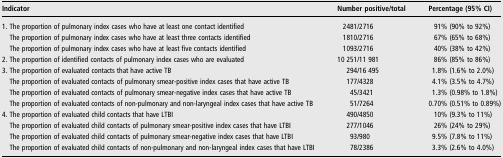
<table><thead><tr><td><b>Indicator</b></td><td><b>Number positive/total</b></td><td><b>Percentage (95% CI)</b></td></tr></thead><tbody><tr><td>1. The proportion of pulmonary index cases who have at least one contact identified</td><td>2481/2716</td><td>91% (90% to 92%)</td></tr><tr><td> The proportion of pulmonary index cases who have at least three contacts identified</td><td>1810/2716</td><td>67% (65% to 68%)</td></tr><tr><td> The proportion of pulmonary index cases who have at least five contacts identified</td><td>1093/2716</td><td>40% (38% to 42%)</td></tr><tr><td>2. The proportion of identified contacts of pulmonary index cases who are evaluated</td><td>10 251/11 981</td><td>86% (85% to 86%)</td></tr><tr><td>3. The proportion of evaluated contacts that have active TB</td><td>294/16 495</td><td>1.8% (1.6% to 2.0%)</td></tr><tr><td> The proportion of evaluated contacts of pulmonary smear-positive index cases that have active TB</td><td>177/4328</td><td>4.1% (3.5% to 4.7%)</td></tr><tr><td> The proportion of evaluated contacts of pulmonary smear-negative index cases that have active TB</td><td>45/3421</td><td>1.3% (0.98% to 1.8%)</td></tr><tr><td> The proportion of evaluated contacts of non-pulmonary and non-laryngeal index cases that have active TB</td><td>51/7264</td><td>0.70% (0.51% to 0.89%)</td></tr><tr><td>4. The proportion of evaluated child contacts that have LTBI</td><td>490/4850</td><td>10% (9.3% to 11%)</td></tr><tr><td> The proportion of evaluated child contacts of pulmonary smear-positive index cases that have LTBI</td><td>277/1046</td><td>26% (24% to 29%)</td></tr><tr><td> The proportion of evaluated child contacts of pulmonary smear-negative index cases that have LTBI</td><td>93/980</td><td>9.5% (7.8% to 11%)</td></tr><tr><td> The proportion of evaluated child contacts of non-pulmonary and non-laryngeal index cases that have LTBI</td><td>78/2386</td><td>3.3% (2.6% to 4.0%)</td></tr></tbody></table>